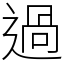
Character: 過